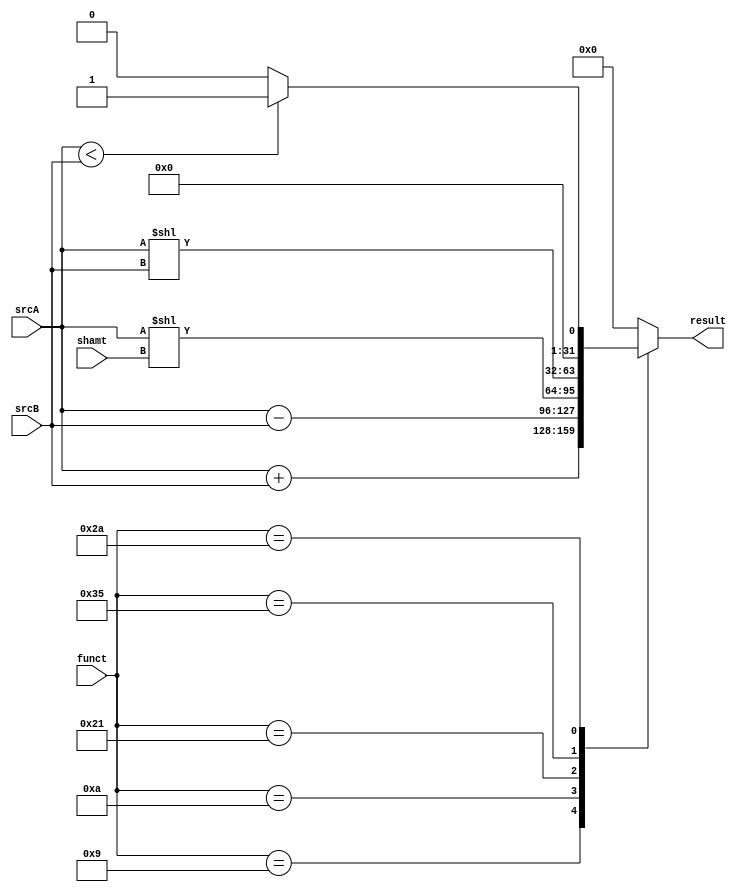
`define ADDU 6'b001001
`define SUBU 6'b001010
`define SLL 6'b100001
`define SLLV 6'b110101
`define SLTI 6'b101010


module ALU
(
    input [31:0] srcA,
    input [31:0] srcB,
    input [5:0] funct,
    input [4:0] shamt,
    output reg [31:0] result
);

always @(*)
begin
    case(funct)
        `ADDU: result = srcA + srcB;
        `SUBU: result = srcA - srcB;
        `SLL: result = srcA << shamt;
        `SLLV: result = srcA << srcB;
        `SLTI: 
            if(srcA < srcB)
                result = 32'b1;
            else
                result = 32'b0;
        default: result = 32'b0;
    endcase
end    

endmodule